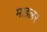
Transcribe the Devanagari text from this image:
माइलर